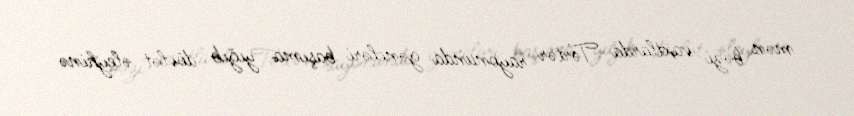
mən bəzi vaxtlarda Tərtər rayonunda gəncləri başıma yığıb dövlət əleyhinə